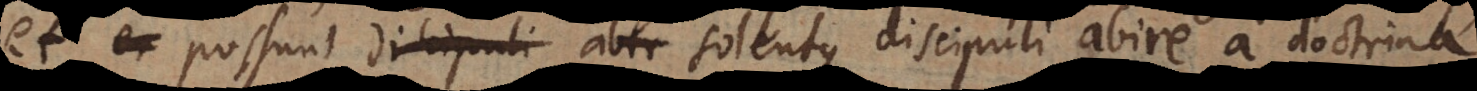
et er possunt discipuli abir solentque discipuli abire a doctrina